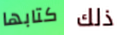
كتابها ذلك